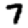
Digit: 7